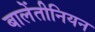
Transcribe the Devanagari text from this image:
बालेंतीनियन